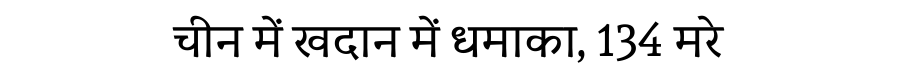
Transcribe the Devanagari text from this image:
चीन में खदान में धमाका, 134 मरे